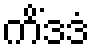
ကိံဒဒံ